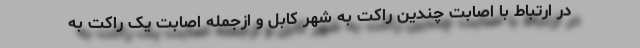
در ارتباط با اصابت چندین راکت به شهر کابل و ازجمله اصابت یک راکت به